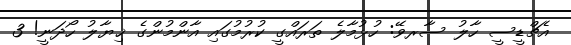
އެޗްޑީސީ ހާލު ސާރވޭ: ހުޅުމާލެ ތަރައްގީ ކުރުމުގައި އާންމުންގެ ޚިޔާލު ހޯދަނީ! 3